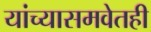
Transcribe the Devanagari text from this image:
यांच्यासमवेतही